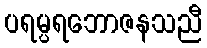
ပရမ္ပရဘောဇနသညီ